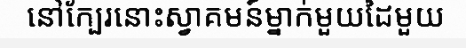
នៅក្បែរនោះស្វាគមន៍ម្នាក់មួយដៃមួយ